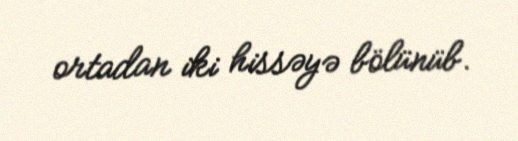
ortadan iki hissəyə bölünüb.